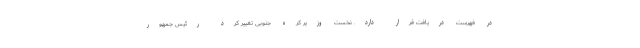
در فهرست دریافت قرار دارد. نخست وزیر کره جنوبی تغییر کرد رئیس جمهور